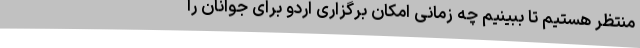
منتظر هستیم تا ببینیم چه زمانی امکان برگزاری اردو برای جوانان را